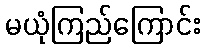
မယုံကြည်ကြောင်း